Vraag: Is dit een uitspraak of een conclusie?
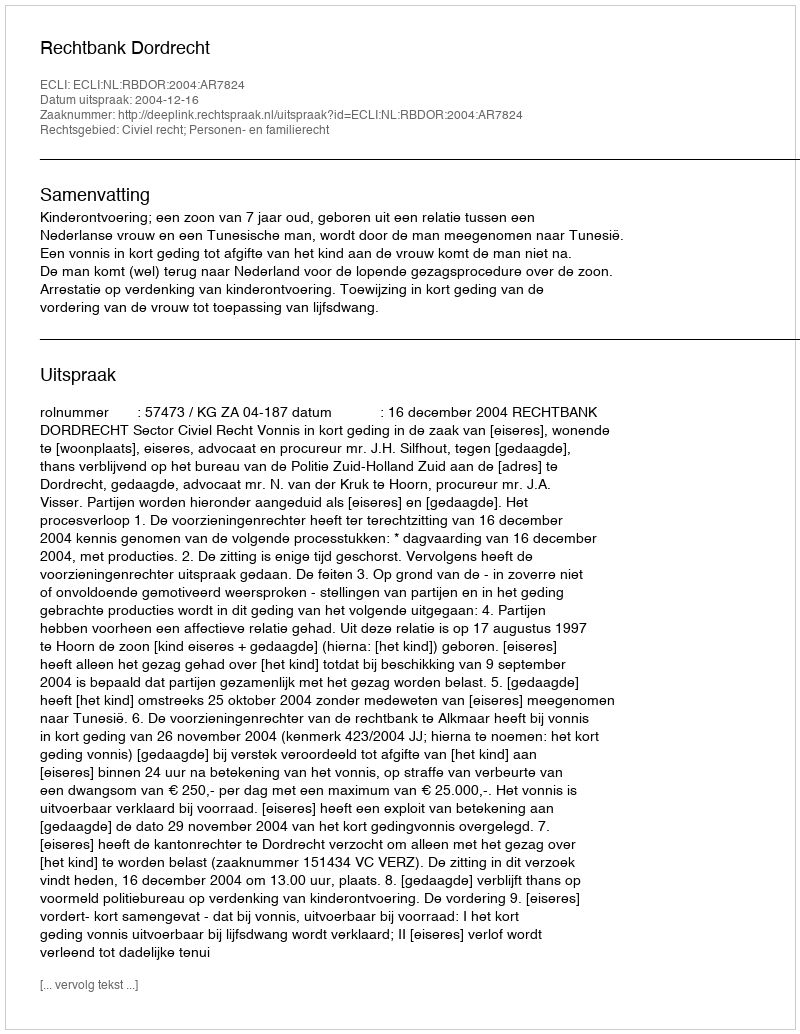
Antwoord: Uitspraak